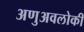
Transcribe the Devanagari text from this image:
अणुअवलोकी